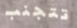
تتجنب